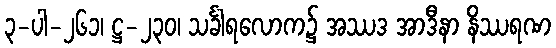
၃-ပါ-၂၆၁၊ ဋ္ဌ-၂၃၀၊ သင်္ခါရလောက၌ အဿဒ အာဒီနာ နိဿရဏ